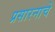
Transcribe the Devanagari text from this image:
प्रसारनाचे